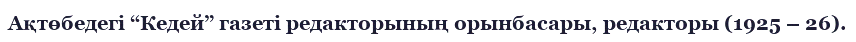
Ақтөбедегі “Кедей” газеті редакторының орынбасары, редакторы (1925 – 26).